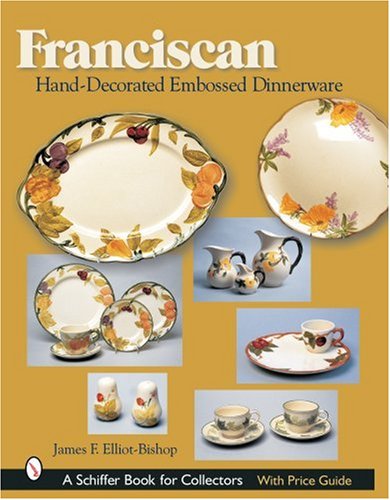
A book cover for Franciscan Hand-Decorated Embossed Dinnerware; James F. Elliot-Bishop; Crafts, Hobbies & Home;